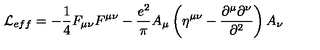
{ \cal L } _ { e f f } = - { \frac { 1 } { 4 } } F _ { \mu \nu } F ^ { \mu \nu } - { \frac { e ^ { 2 } } { \pi } } A _ { \mu } \left( \eta ^ { \mu \nu } - { \frac { \partial ^ { \mu } \partial ^ { \nu } } { \partial ^ { 2 } } } \right) A _ { \nu }